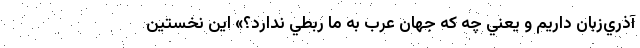
آذري‌زبان داريم و يعني چه كه جهان عرب به ما ربطي ندارد؟» اين نخستين